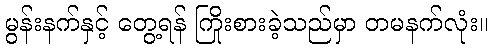
မွန်းနက်နှင့် တွေ့ရန် ကြိုးစားခဲ့သည်မှာ တမနက်လုံး။